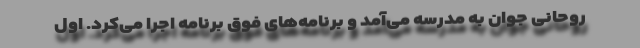
روحانی جوان به مدرسه می‌آمد و برنامه‌های فوق برنامه اجرا می‌کرد. اول